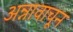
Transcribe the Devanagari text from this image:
अन्नावाचून